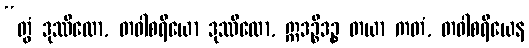
“တွံ ဒုဿီလော, တဝါစရိယော ဒုဿီလော, ဣဒဉ္စိဒဉ္စ တယာ ကတံ, တဝါစရိယေန